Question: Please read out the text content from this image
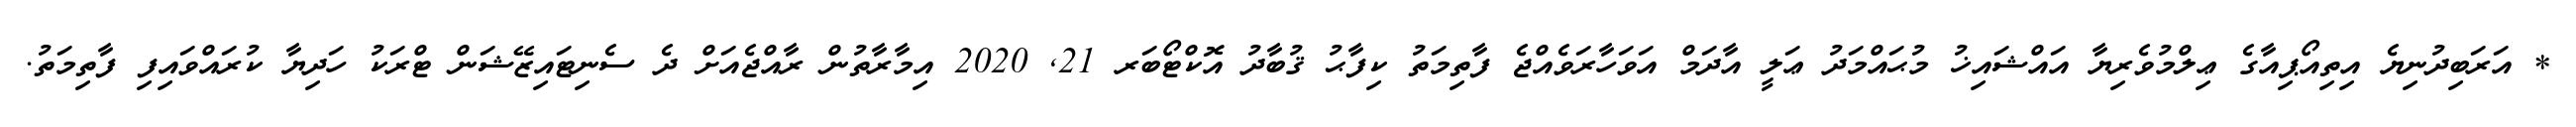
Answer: * އަރަބިދުނިޔެ އިތިއޯޕިއާގެ ޢިލްމުވެރިޔާ އައްޝައިޚު މުޙައްމަދު ޢަލީ އާދަމް އަވަހާރަވެއްޖެ ފާތިމަތު ކިފާޙު ޤުބާދު އޮކްޓޯބަރ 21, 2020 އިމާރާތުން ރާއްޖެއަށް ދެ ސެނިޓައިޒޭޝަން ޓްރަކު ހަދިޔާ ކުރައްވައިފި ފާތިމަތު.